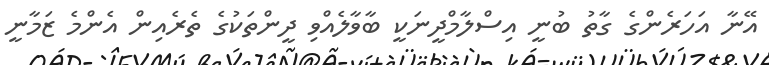
އޭނާ އަހަރެންގެ ގާތު ބުނީ އިސްލާމްދީނަކީ ބާވާލެއްވި ދީންތަކުގެ ތެރެއިން އެންމެ ޒަމާނީ